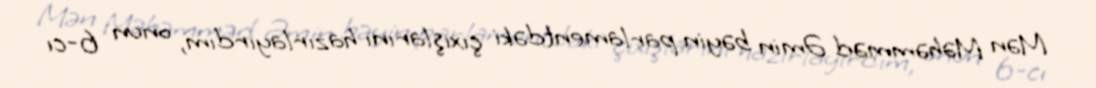
Mən Məhəmməd Əmin bəyin parlamentdəki çıxışlarını hazırlayırdım, onun 6-cı